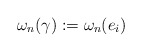
\begin{align*}\omega_n(\gamma) := \omega_n(e_i)\end{align*}